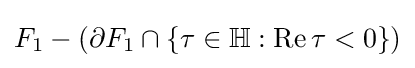
F_{1}-(\partial F_{1}\cap \{\tau \in \mathbb {H} :\operatorname {Re} \tau <0\})